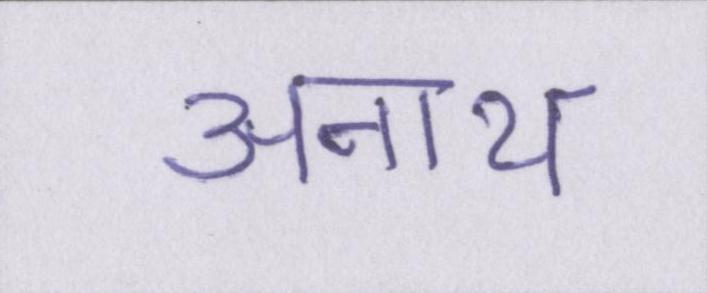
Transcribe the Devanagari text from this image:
अनाथ